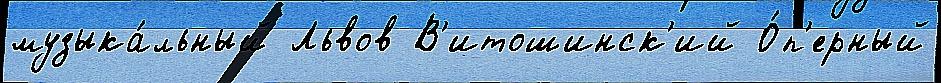
музыка́льный Львов В'итошинск'ий О́п'ерный